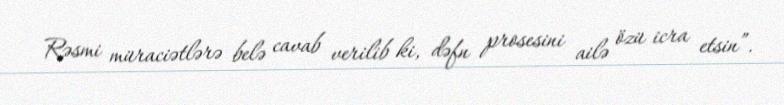
Rəsmi müraciətlərə belə cavab verilib ki, dəfn prosesini ailə özü icra etsin”.